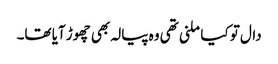
دال تو کیا ملنی تھی وہ پیالہ بھی چھوڑ آیا تھا۔